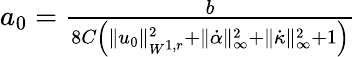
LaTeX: \begin{array}{r}{a_{0}=\frac{b}{8C\left(\| u_{0}\| _{W^{1,r}}^{2}+\| \dot{\alpha}\| _{\infty}^{2}+\| \dot{\kappa}\| _{\infty}^{2}+1\right)}}\end{array}